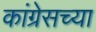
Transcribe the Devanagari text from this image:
कांग्रेसच्या